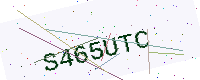
Text: S465UTC